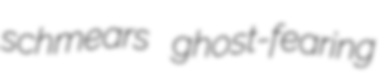
schmears ghost-fearing